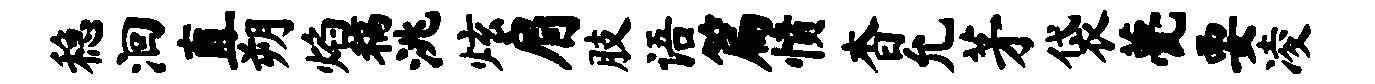
稳洄直朔焰稿洮炫肩肢语篇愤杳允茅袋甍要凌